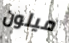
ميلون